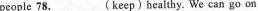
people 78.___(keep) healthy. we can go on